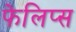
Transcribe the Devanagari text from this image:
फेलिप्स